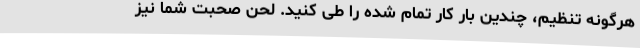
هرگونه تنظیم، چندین بار کار تمام شده را طی کنید. لحن صحبت شما نیز